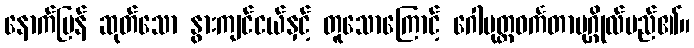
နောက်ပြန် ဆုတ်သော နွားကျင်ငယ်နှင့် တူသောကြောင့် ဂေါမုတ္တဝင်္ကတာပုဂ္ဂိုလ်မည်၏။